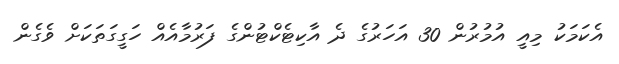
އެކަމަކު މިއީ އުމުރުން 30 އަހަރުގެ ދެ އާކިޓެކްޓުންގެ ފަރުމާއެއް ހަގީގަތަކަށް ވެގެން